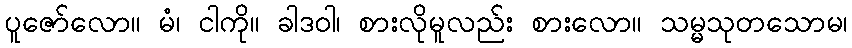
ပူဇော်လော။ မံ၊ ငါကို။ ခါဒဝါ၊ စားလိုမူလည်း စားလော။ သမ္မသုတသောမ၊